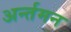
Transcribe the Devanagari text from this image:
अर्न्‍तमन